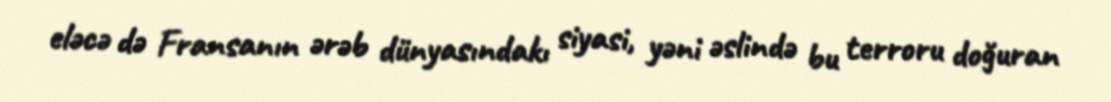
eləcə də Fransanın ərəb dünyasındakı siyasi, yəni əslində bu terroru doğuran